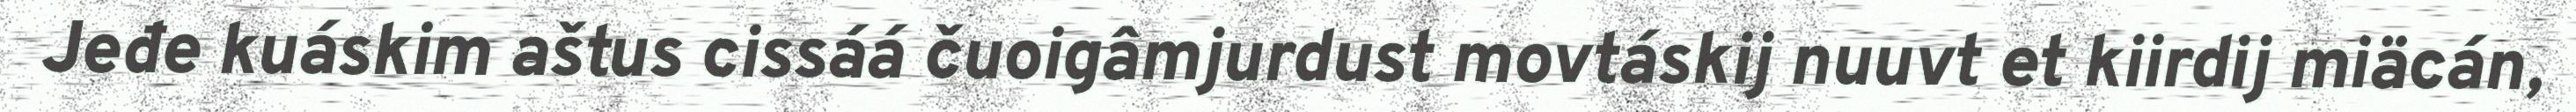
Jeđe kuáskim aštus cissáá čuoigâmjurdust movtáskij nuuvt et kiirdij miäcán,